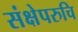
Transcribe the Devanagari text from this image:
संक्षेपरुचि